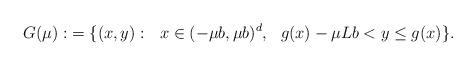
LaTeX: \begin{align*}G(\mu):&=\{ (x, y):\ \ x\in (-\mu b,\mu b)^{d},\ \ g(x)-\mu L b<y\leq g(x)\}.\end{align*}